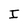
Character: I